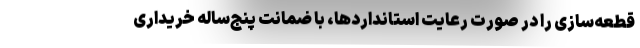
قطعه‌سازی را در صورت رعایت استانداردها، با ضمانت پنج‌ساله خریداری